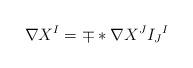
LaTeX: \begin{align*}\nabla X^I = \mp *\nabla X^J I_J{}^I\end{align*}